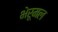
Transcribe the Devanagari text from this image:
भेरूमल